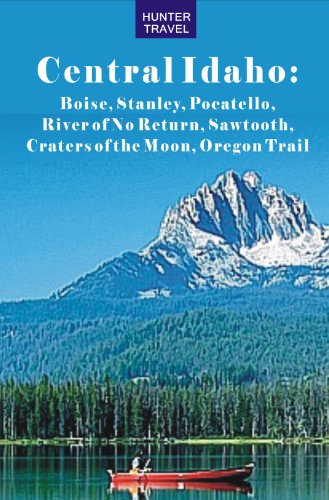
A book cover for Central Idaho: Boise, Stanley, Challis, River of No Return, Pocatello, Craters of the Moon, Sawtooth, Oregon Trail (Travel Adventures); Genevieve Rowles; Travel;